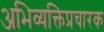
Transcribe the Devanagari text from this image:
अभिव्यक्तिप्रचारक